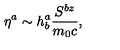
\eta ^ { a } \sim h _ { b } ^ { a } \frac { S ^ { b z } } { m _ { 0 } c } ,